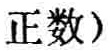
（正数）